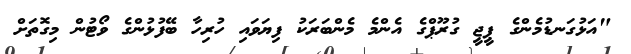
"އަޅުގަނޑުމެންގެ ޕީޖީ ގުރޫޕްގެ އެންމެ މެންބަރަކު ފިޔަވައި ހުރިހާ ބޭފުޅުންގެ ވޯޓުން މިގޮތަށް